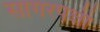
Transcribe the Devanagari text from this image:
सागरपक्षी